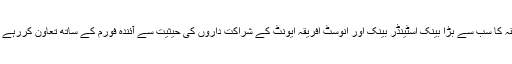
افریقہ کا سب سے بڑا بینک اسٹینڈر بینک اور انوسٹ افریقہ ایونٹ کے شراکت داروں کی حیثیت سے آئندہ فورم کے ساتھ تعاون کررہے ہیں۔